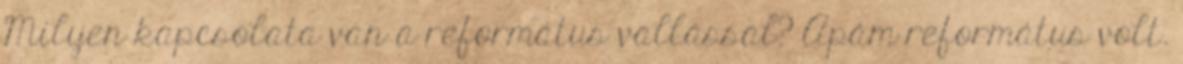
Milyen kapcsolata van a református vallással? Apám református volt.